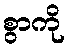
စွာကို